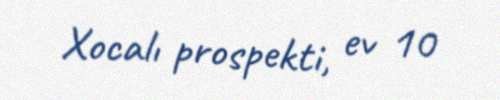
Xocalı prospekti, ev 10